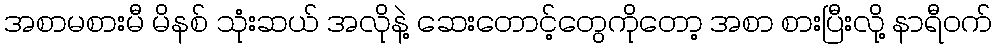
အစာမစားမီ မိနစ် သုံးဆယ် အလိုနဲ့ ဆေးတောင့်တွေကိုတော့ အစာ စားပြီးလို့ နာရီဝက်